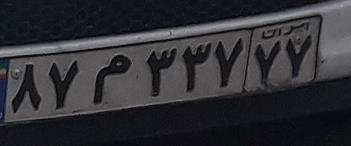
۸۷م۳۳۷۷۷